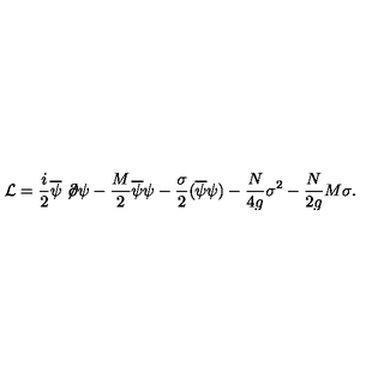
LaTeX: { \cal L } = \frac { i } 2 \overline { \psi } \not \! \partial \psi - \frac { M } 2 \overline { \psi } \psi - \frac { \sigma } 2 ( \overline { \psi } \psi ) - \frac { N } { 4 g } \sigma ^ { 2 } - \frac { N } { 2 g } M \sigma .